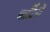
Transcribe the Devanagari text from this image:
मार्टिनों